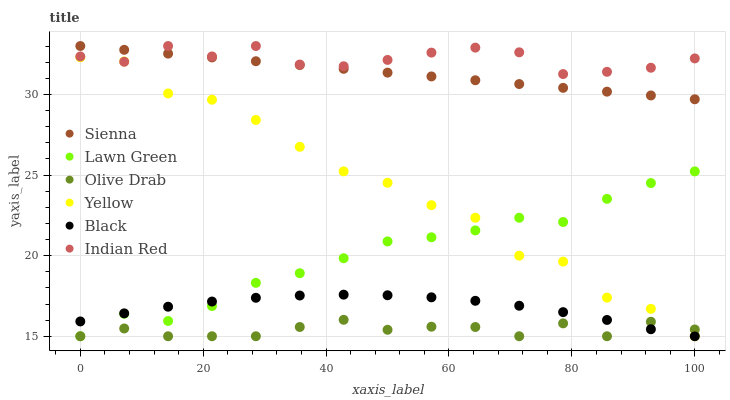
| xaxis_label | Sienna | Lawn Green | Olive Drab | Yellow | Black | Indian Red |
 | --- | --- | --- | --- | --- | --- | --- |
 | 0 | 33 | 15 | 15 | 32.3 | 15.9 | 32.4 |
 | 7.14 | 32.8 | 16.4 | 15.5 | 32 | 16.4 | 32 |
 | 14.3 | 32.5 | 15.9 | 15 | 30.1 | 16.8 | 33 |
 | 21.4 | 32.3 | 16.9 | 15 | 29.7 | 17.2 | 32.4 |
 | 28.6 | 32.1 | 18.3 | 15 | 28.4 | 17.4 | 33 |
 | 35.7 | 31.8 | 18.9 | 15.6 | 26.7 | 17.5 | 31.9 |
 | 42.9 | 31.6 | 19.8 | 16 | 25.2 | 17.6 | 31.7 |
 | 50 | 31.3 | 20.9 | 15.4 | 24.5 | 17.5 | 32.1 |
 | 57.1 | 31.1 | 21.1 | 15.6 | 23.1 | 17.4 | 32.6 |
 | 64.3 | 30.9 | 21.6 | 15.6 | 22.4 | 17.2 | 32.9 |
 | 71.4 | 30.6 | 22.3 | 15 | 20 | 16.9 | 32.6 |
 | 78.6 | 30.4 | 22.1 | 15.8 | 19.6 | 16.5 | 31.3 |
 | 85.7 | 30.2 | 23.5 | 15 | 17.4 | 16 | 31.4 |
 | 92.9 | 29.9 | 24.5 | 15.9 | 16.7 | 15.4 | 31.7 |
 | 100 | 29.7 | 25.2 | 15.4 | 15 | 15 | 32.2 |